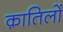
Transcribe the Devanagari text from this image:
क़ातिलों